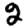
Digit: 2